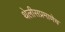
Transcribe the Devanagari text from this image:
थेलीसप्रमाणेच